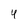
Character: 4